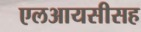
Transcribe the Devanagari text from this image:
एलआयसीसह